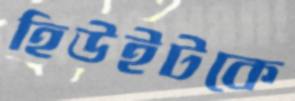
হিউইটকে